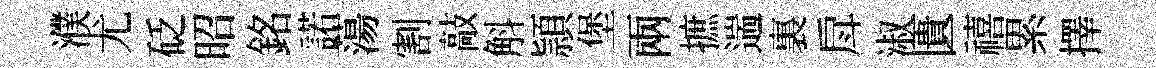
濮尤砭昭銘諾蕩割敲斛頴堡兩摭遄裏戽淑匱禧累擇